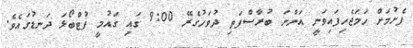
ފެށުމަށް ހަމަޖެހިފައިވަނީ އަންނަ ބުރާސްފަތި ދުވަހުގެރޭ 9:00 ގައި ގައުމީ ފުޓްބޯޅަ ދަނޑުގައެވެ.